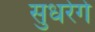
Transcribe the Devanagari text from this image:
सुधरेगे